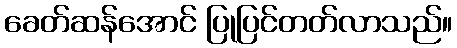
ခေတ်ဆန်အောင် ပြုပြင်တတ်လာသည်။